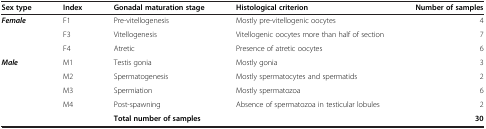
<table><thead><tr><td><b>Sex type</b></td><td><b>Index</b></td><td><b>Gonadal maturation stage</b></td><td><b>Histological criterion</b></td><td><b>Number of samples</b></td></tr></thead><tbody><tr><td rowspan="3"><b><i>Female</i></b></td><td>F1</td><td>Pre-vitellogenesis</td><td>Mostly pre-vitellogenic oocytes</td><td>4</td></tr><tr><td>F3</td><td>Vitellogenesis</td><td>Vitellogenic oocytes more than half of section</td><td>7</td></tr><tr><td>F4</td><td>Atretic</td><td>Presence of atretic oocytes</td><td>6</td></tr><tr><td rowspan="4"><b><i>Male</i></b></td><td>M1</td><td>Testis gonia</td><td>Mostly gonia</td><td>3</td></tr><tr><td>M2</td><td>Spermatogenesis</td><td>Mostly spermatocytes and spermatids</td><td>2</td></tr><tr><td>M3</td><td>Spermiation</td><td>Mostly spermatozoa</td><td>6</td></tr><tr><td>M4</td><td>Post-spawning</td><td>Absence of spermatozoa in testicular lobules</td><td>2</td></tr><tr><td> </td><td> </td><td colspan="2"><b>Total number of samples</b></td><td><b>30</b></td></tr></tbody></table>